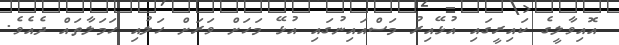
އޮއިވާލީގެ ކައިރީގައި އުޅޭއިރު މަސްއައިނުގައި އުޅޭ މަހަށް ވަރަށް ހަލުއި ހަމަލާތައް ދެއެވެ.